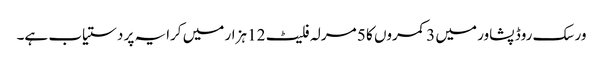
ورسک روڈ پشاور میں 3 کمروں کا 5 مرلہ فلیٹ 12 ہزار میں کرایہ پر دستیاب ہے۔